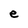
Character: e